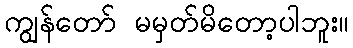
ကျွန်တော် မမှတ်မိတော့ပါဘူး။